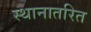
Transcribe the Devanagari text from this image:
स्थानातरित